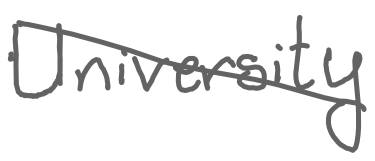
Text: University
Cross-out: diagonal
Writing tool: digital_gray